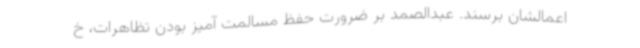
اعمالشان برسند. عبدالصمد بر ضرورت حفظ مسالمت آمیز بودن تظاهرات، خ